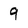
Character: 9